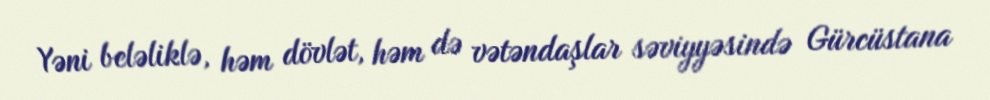
Yəni beləliklə, həm dövlət, həm də vətəndaşlar səviyyəsində Gürcüstana